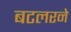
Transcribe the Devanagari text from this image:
बटलरने